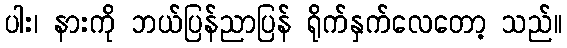
ပါး၊ နားကို ဘယ်ပြန်ညာပြန် ရိုက်နှက်လေတော့ သည်။